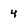
Character: 4